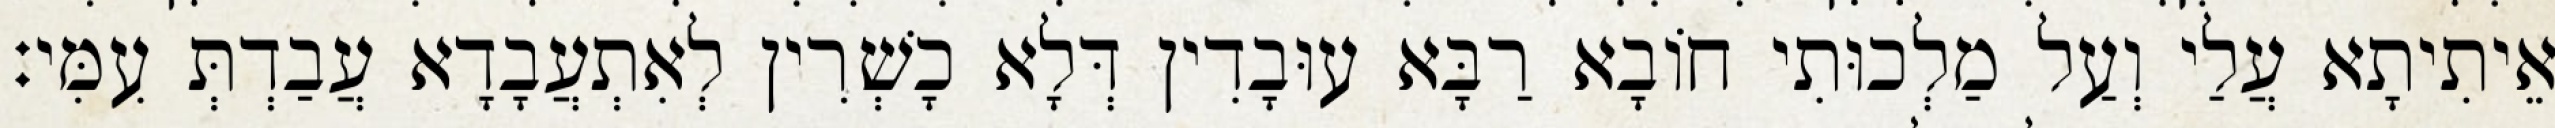
אֵיתִיתָא עֲלַי וְעַל מַלְכוּתִי חוֹבָא רַבָּא עוּבָדִין דְּלָא כָשְׁרִין לְאִתְעֲבָדָא עֲבַדְתְּ עִמִּי׃